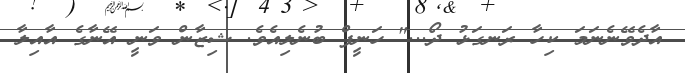
އާދެވޭނެނަމަ ކިހާ ރަނގަޅު ދޯ..." ހަނީފް ބުނެލިއެވެ. ޝިޒާން ވަނީ އޭނާގެ އާއިލާ